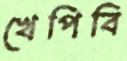
খেপিবি